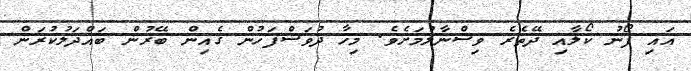
އައި ފޯނު ކޯލާއި ދޭތެރެ ވިސްނާލުމަށެވެ. މިހާ ދުވަސްފަހުން ގެއިން ބޭރުން ބައްދަލުކުރަން